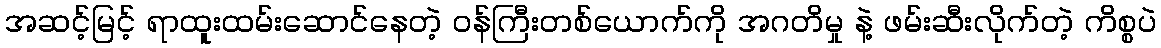
အဆင့်မြင့် ရာထူးထမ်းဆောင်နေတဲ့ ဝန်ကြီးတစ်ယောက်ကို အဂတိမှု နဲ့ ဖမ်းဆီးလိုက်တဲ့ ကိစ္စပဲ